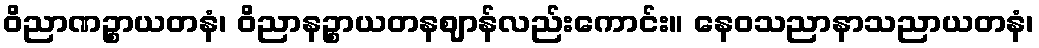
ဝိညာဏဉ္စာယတနံ၊ ဝိညာနဉ္စာယတနဈာန်လည်းကောင်း။ နေဝသညာနာသညာယတနံ၊